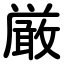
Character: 厳